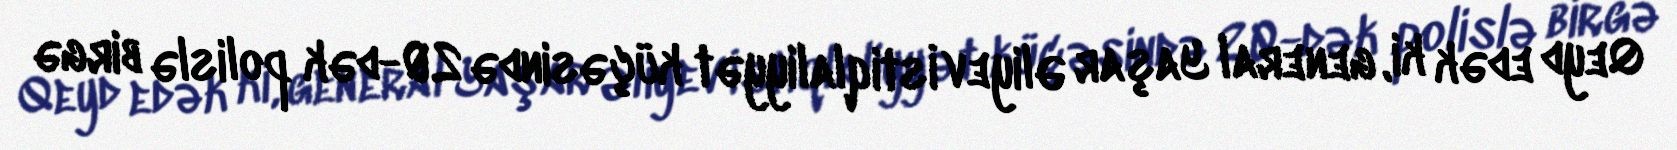
Qeyd edək ki, general Yaşar Əliyev İstiqlaliyyət küçəsində 20-dək polislə birgə